Note on the mental hospitals in Burma - 1925-1940
Year: 1925
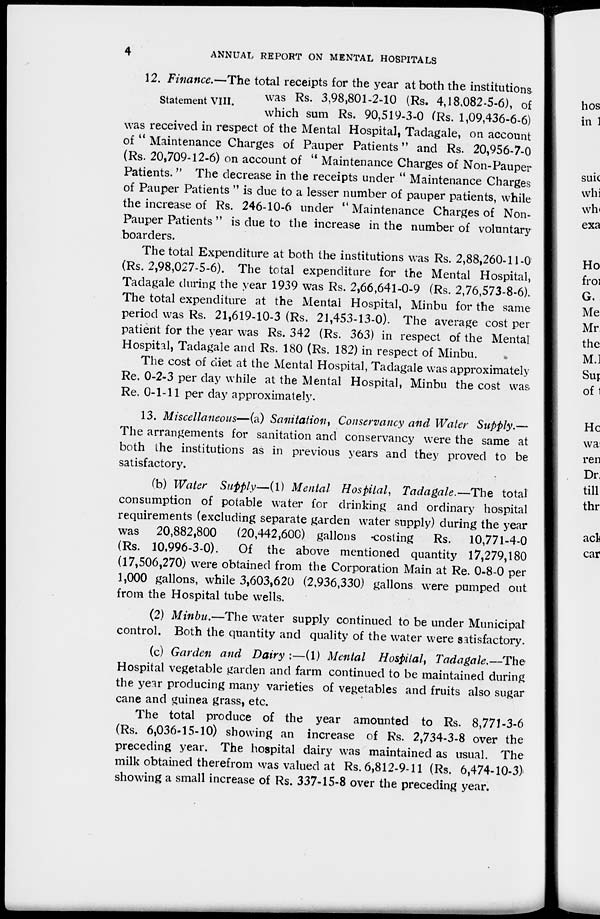
4
ANNUAL REPORT ON MENTAL HOSPITALS
Statement VIII.
12. Finance.—The total receipts for the year at both the institutions
was Rs. 3,98,801-2-10 (Rs. 4,18,082-5-6), of
which sum Rs. 90,519-3-0 (Rs. 1,09,436-6-6)
was received in respect of the Mental Hospital, Tadagale, on account
of " Maintenance Charges of Pauper Patients" and Rs. 20,956-7-0
(Rs. 20,709-12-6) on account of " Maintenance Charges of Non-Pauper
Patients. " The decrease in the receipts under " Maintenance Charges
of Pauper Patients " is due to a lesser number of pauper patients, while
the increase of Rs. 246-10-6 under "Maintenance Charges of Non-
Pauper Patients " is due to the increase in the number of voluntary
boarders.
The total Expenditure at both the institutions was Rs. 2,88,260-11-0
(Rs. 2,98,027-5-6). The total expenditure for the Mental Hospital,
Tadagale during the year 1939 was Rs. 2,66,641-0-9 (Rs. 2,76,573-8-6).
The total expenditure at the Mental Hospital, Minbu for the same
period was Rs. 21,619-10-3 (Rs. 21,453-13-0). The average cost per
patient for the year was Rs. 342 (Rs. 363) in respect of the Mental
Hospital, Tadagale and Rs. 180 (Rs. 182) in respect of Minbu.
The cost of diet at the Mental Hospital, Tadagale was approximately
Re. 0-2-3 per day while at the Mental Hospital, Minbu the cost was
Re. 0-1-11 per day approximately.
13. Miscellaneous—(a) Sanitation, Conservancy and Water Supply.—
The arrangements for sanitation and conservancy were the same at
both the institutions as in previous years and they proved to be
satisfactory.
(b) Water Supply—(1) Mental Hospital, Tadagale.—The total
consumption of potable water for drinking and ordinary hospital
requirements (excluding separate garden water supply) during the year
was 20,882,800 (20,442,600) gallons -costing Rs. 10,771-4-0
(Rs. 10,996-3-0). Of the above mentioned quantity 17,279,180
(17,506,270) were obtained from the Corporation Main at Re. 0-8-0 per
1,000 gallons, while 3,603,620 (2,936,330) gallons were pumped out
from the Hospital tube wells.
(2) Minbu.—The water supply continued to be under Municipal
control. Both the quantity and quality of the water were satisfactory.
(c) Garden and Dairy :—(1) Mental Hospital, Tadagale.—The
Hospital vegetable garden and farm continued to be maintained during
the year producing many varieties of vegetables and fruits also sugar
cane and guinea grass, etc.
The total produce of the year amounted to Rs. 8,771-3-6
(Rs. 6,036-15-10) showing an increase of Rs. 2,734-3-8 over the
preceding year. The hospital dairy was maintained as usual. The
milk obtained therefrom was valued at Rs. 6,812-9-11 (Rs. 6,474-10-3)
showing a small increase of Rs. 337-15-8 over the preceding year.